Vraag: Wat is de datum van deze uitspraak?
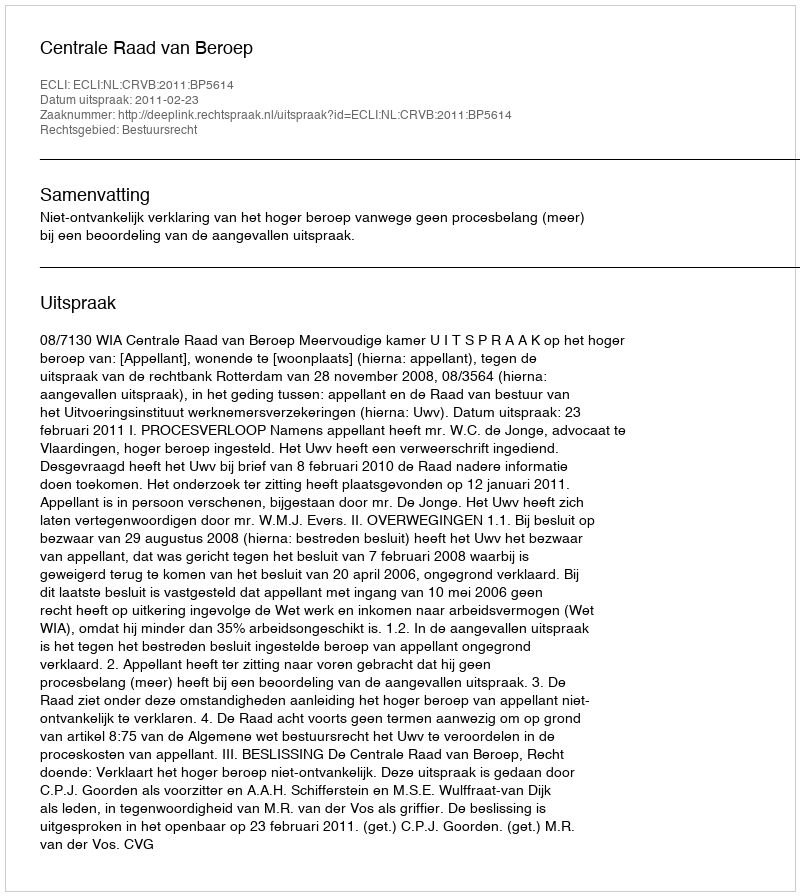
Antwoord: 2011-02-23